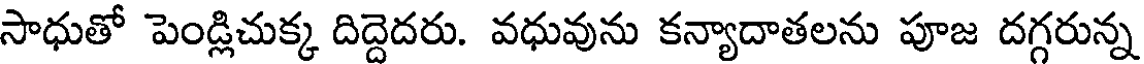
సాధుతో పెండ్లిచుక్క దిద్దెదరు. వధువును కన్యాదాతలను పూజ దగ్గరున్న